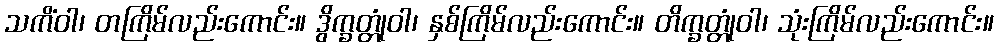
သကိံဝါ၊ တကြိမ်လည်းကောင်း။ ဒွိက္ခတ္တုံဝါ၊ နှစ်ကြိမ်လည်းကောင်း။ တိက္ခတ္တုံဝါ၊ သုံးကြိမ်လည်းကောင်း။